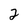
Character: 2